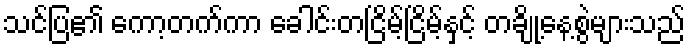
သင်ပြ၏ ကော့တက်ကာ ခေါင်းတငြိမ့်ငြိမ့်နှင့် တချို့နေ့စွဲများသည်